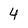
Character: 4